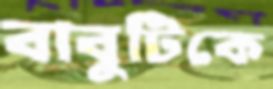
বাবুটিকে